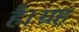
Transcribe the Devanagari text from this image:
है।ग्रह